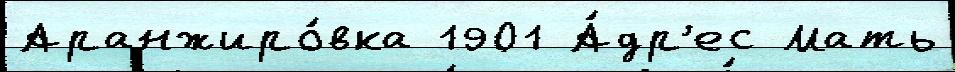
Аранжиро́вка 1901 А́др'ес Мать